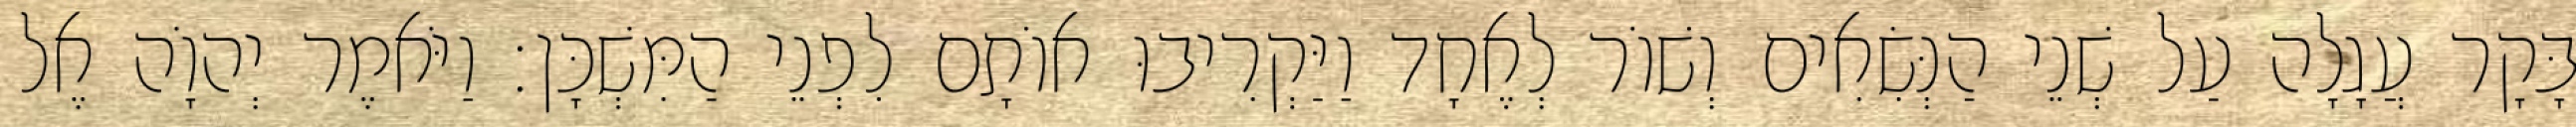
בָּקָר עֲגָלָה עַל שְׁנֵי הַנְּשִׂאִים וְשׁוֹר לְאֶחָד וַיַּקְרִיבוּ אוֹתָם לִפְנֵי הַמִּשְׁכָּן׃ וַיֹּאמֶר יְהוָֹה אֶל